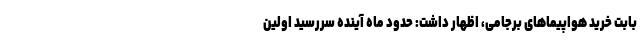
بابت خرید هواپیماهای برجامی، اظهار داشت: حدود ماه آینده سررسید اولین